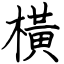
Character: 橫